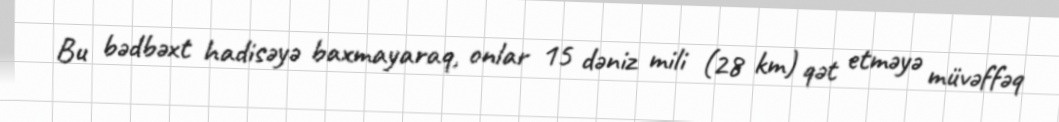
Bu bədbəxt hadisəyə baxmayaraq, onlar 15 dəniz mili (28 km) qət etməyə müvəffəq